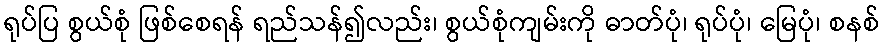
ရုပ်ပြ စွယ်စုံ ဖြစ်စေရန် ရည်သန်၍လည်း၊ စွယ်စုံကျမ်းကို ဓာတ်ပုံ၊ ရုပ်ပုံ၊ မြေပုံ၊ စနစ်